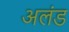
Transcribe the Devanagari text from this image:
अलंड